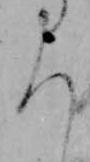
ち